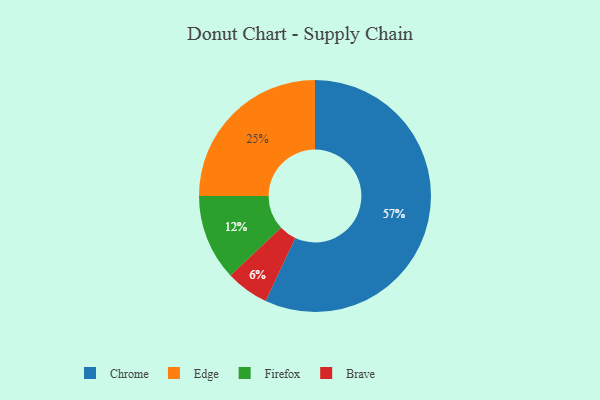
{"axis": {"x": "Category", "y": "Percentage"}, "legend": ["Brave", "Chrome", "Edge", "Firefox"], "data": [{"x": "Brave", "y": 6, "type": "Brave"}, {"x": "Chrome", "y": 57, "type": "Chrome"}, {"x": "Edge", "y": 25, "type": "Edge"}, {"x": "Firefox", "y": 12, "type": "Firefox"}]}